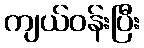
ကျယ်ဝန်းပြီး